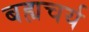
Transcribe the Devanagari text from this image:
बह्यचर्य